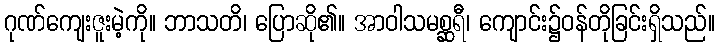
ဂုဏ်ကျေးဇူးမဲ့ကို။ ဘာသတိ၊ ပြောဆို၏။ အာဝါသမစ္ဆရီ၊ ကျောင်း၌ဝန်တိုခြင်းရှိသည်။